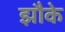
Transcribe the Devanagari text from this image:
झौके